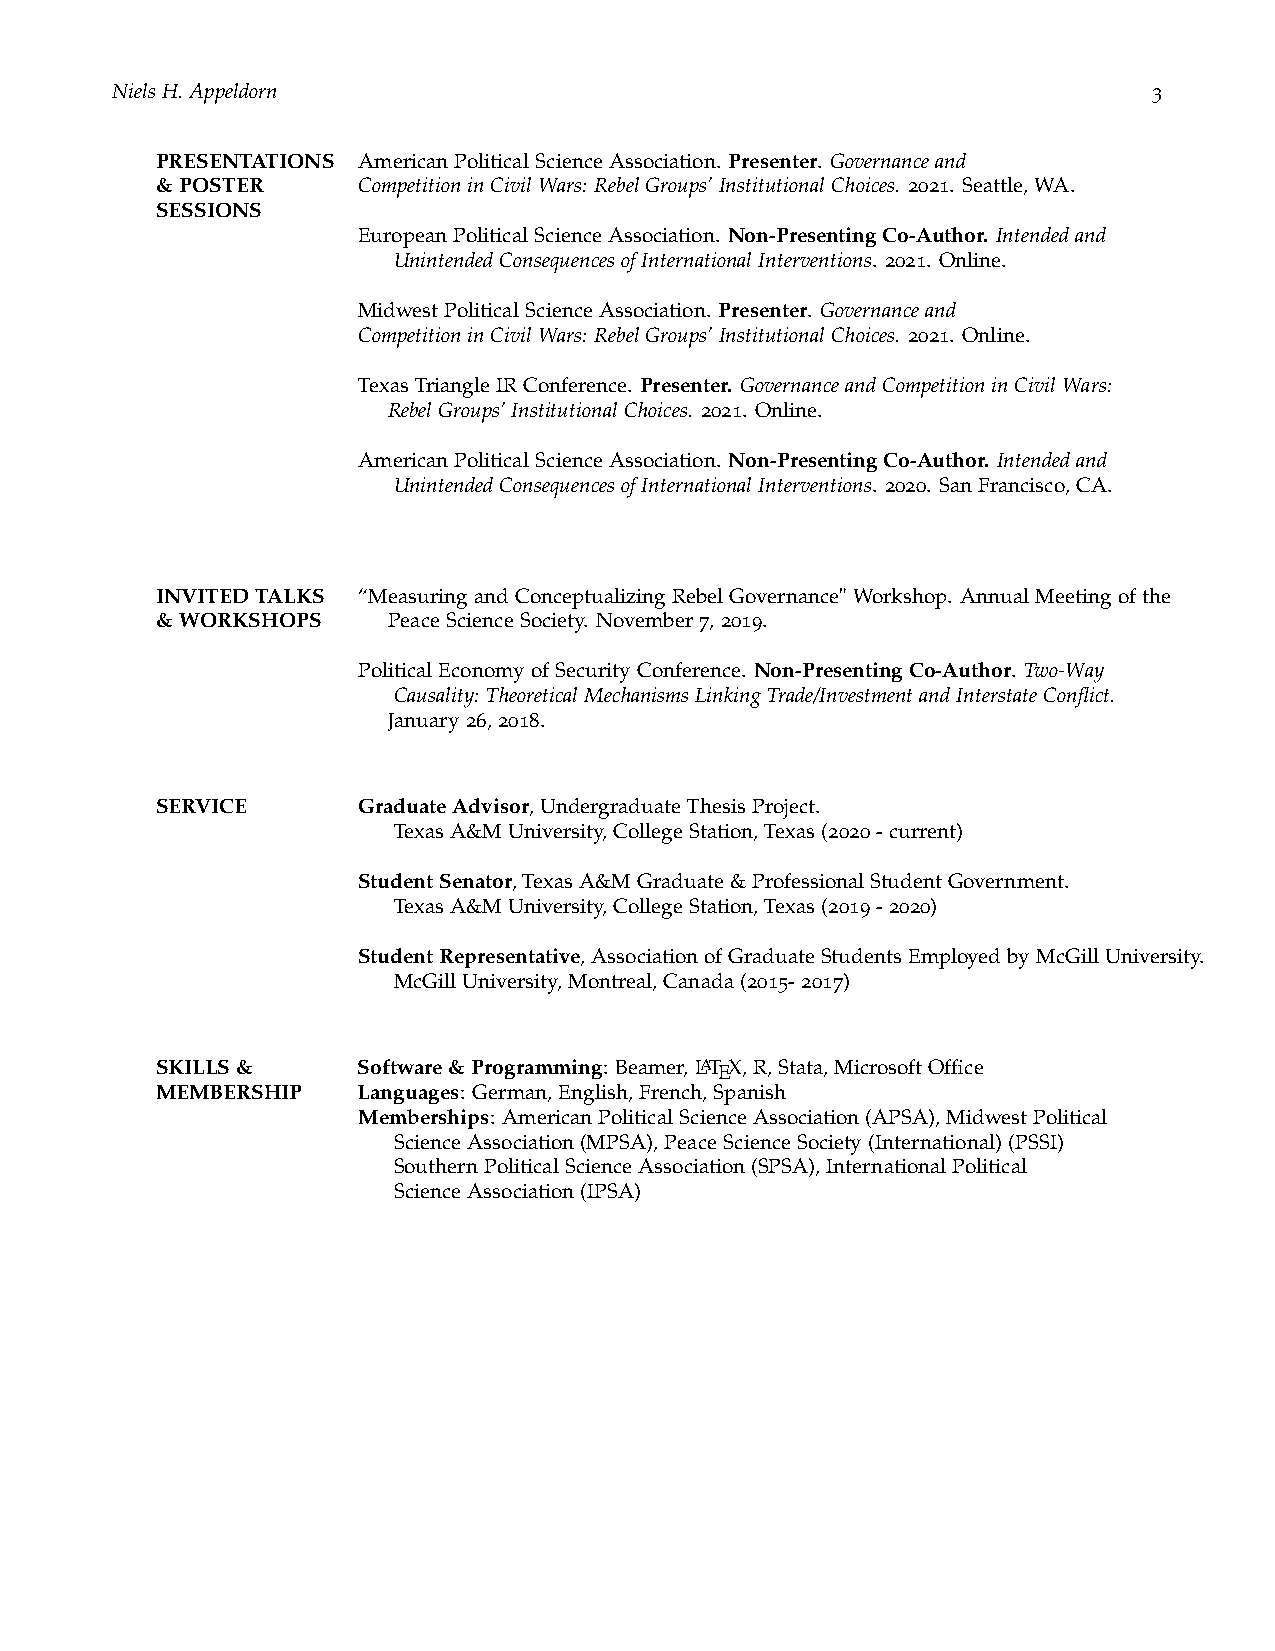
NielsH.Appeldorn                                                     3
 PRESENTATIONS AmericanPoliticalScienceAssociation. Presenter. Governanceand
 &POSTER       CompetitioninCivilWars: RebelGroups’InstitutionalChoices. 2021. Seattle,WA.
 SESSIONS
 EuropeanPoliticalScienceAssociation. Non-PresentingCo-Author. Intendedand
 UnintendedConsequencesofInternationalInterventions. 2021. Online.
 MidwestPoliticalScienceAssociation. Presenter. Governanceand
 CompetitioninCivilWars: RebelGroups’InstitutionalChoices. 2021. Online.
 TexasTriangleIRConference. Presenter. GovernanceandCompetitioninCivilWars:
 RebelGroups’InstitutionalChoices. 2021. Online.
 AmericanPoliticalScienceAssociation. Non-PresentingCo-Author. Intendedand
 UnintendedConsequencesofInternationalInterventions. 2020. SanFrancisco,CA.
 INVITEDTALKS  “MeasuringandConceptualizingRebelGovernance"Workshop. AnnualMeetingofthe
 &WORKSHOPS      PeaceScienceSociety. November7,2019.
 PoliticalEconomyofSecurityConference. Non-PresentingCo-Author. Two-Way
 Causality: TheoreticalMechanismsLinkingTrade/InvestmentandInterstateConflict.
 January26,2018.
 SERVICE       GraduateAdvisor,UndergraduateThesisProject.
 TexasA&MUniversity,CollegeStation,Texas(2020-current)
 StudentSenator,TexasA&MGraduate&ProfessionalStudentGovernment.
 TexasA&MUniversity,CollegeStation,Texas(2019-2020)
 StudentRepresentative,AssociationofGraduateStudentsEmployedbyMcGillUniversity.
 McGillUniversity,Montreal,Canada(2015-2017)
 SKILLS&       Software&Programming: Beamer,LATEX,R,Stata,MicrosoftOffice
 MEMBERSHIP    Languages: German,English,French,Spanish
 Memberships: AmericanPoliticalScienceAssociation(APSA),MidwestPolitical
 ScienceAssociation(MPSA),PeaceScienceSociety(International)(PSSI)
 SouthernPoliticalScienceAssociation(SPSA),InternationalPolitical
 ScienceAssociation(IPSA)